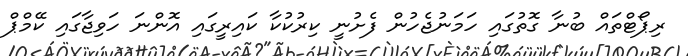
ރިޕޯޓްތައް ބުނާ ގޮތުގައި ހަމަނުޖެހުން ފެށުނީ ކިރުކުކާ ކައިރީގައި އޮންނަ ހަވިޖާގައި ކޭމްޕް